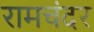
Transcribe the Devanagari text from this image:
रामचंदर